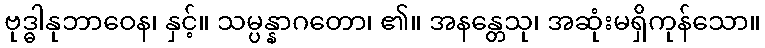
ဗုဒ္ဓါနုဘာဝေန၊ နှင့်။ သမ္ပန္နာဂတော၊ ၏။ အနန္တေသု၊ အဆုံးမရှိကုန်သော။